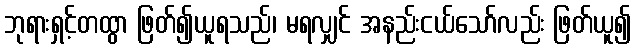
ဘုရားရှင့်တထွာ ဖြတ်၍ယူရသည်၊ မရလျှင် အနည်းငယ်သော်လည်း ဖြတ်ယူ၍